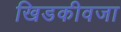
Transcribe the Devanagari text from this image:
खिडकीवजा